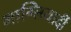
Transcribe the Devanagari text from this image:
गाग्लियार्दी